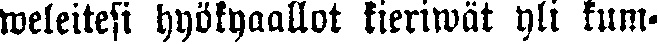
weletesi hyökyaallot kieriwät yli kum-